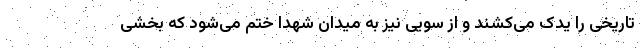
تاریخی را یدک می‌کشند و از سویی نیز به میدان شهدا ختم می‌شود که بخشی